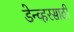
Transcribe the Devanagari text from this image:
डेन्व्हरसाठी